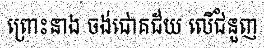
ព្រោះនាង ចង់ជោគជ័យ លើជំនួញ